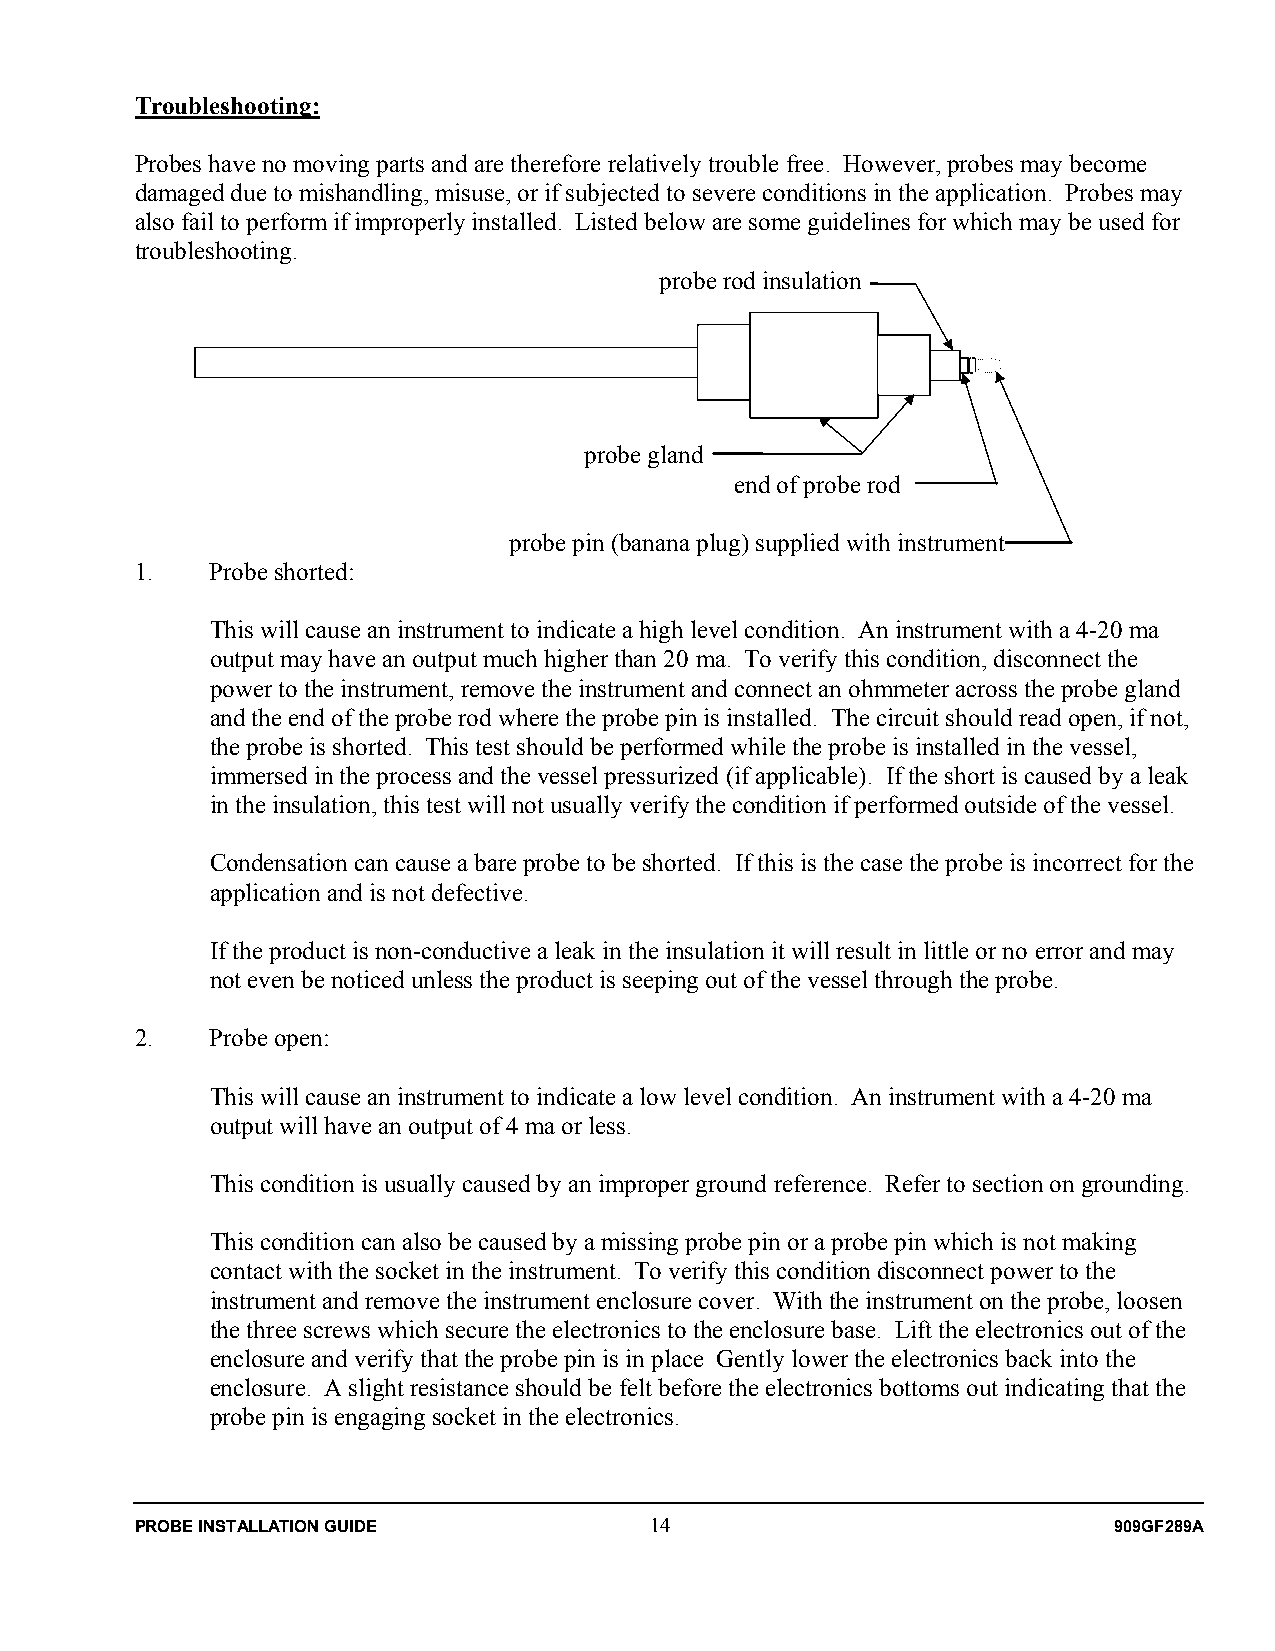
Troubleshooting:
 Probes have no moving parts and are therefore relatively trouble free. However, probes may become
 damaged due to mishandling, misuse, or if subjected to severe conditions in the application. Probes may
 also fail to perform if improperly installed. Listed below are some guidelines for which may be used for
 troubleshooting.
 probe rod insulation
 probe gland
 end of probe rod
 probe pin (banana plug) supplied with instrument
 1.   Probe shorted:
 This will cause an instrument to indicate a high level condition. An instrument with a 4-20 ma
 output may have an output much higher than 20 ma. To verify this condition, disconnect the
 power to the instrument, remove the instrument and connect an ohmmeter across the probe gland
 and the end of the probe rod where the probe pin is installed. The circuit should read open, if not,
 the probe is shorted. This test should be performed while the probe is installed in the vessel,
 immersed in the process and the vessel pressurized (if applicable). If the short is caused by a leak
 in the insulation, this test will not usually verify the condition if performed outside of the vessel.
 Condensation can cause a bare probe to be shorted. If this is the case the probe is incorrect for the
 application and is not defective.
 If the product is non-conductive a leak in the insulation it will result in little or no error and may
 not even be noticed unless the product is seeping out of the vessel through the probe.
 2.   Probe open:
 This will cause an instrument to indicate a low level condition. An instrument with a 4-20 ma
 output will have an output of 4 ma or less.
 This condition is usually caused by an improper ground reference. Refer to section on grounding.
 This condition can also be caused by a missing probe pin or a probe pin which is not making
 contact with the socket in the instrument. To verify this condition disconnect power to the
 instrument and remove the instrument enclosure cover. With the instrument on the probe, loosen
 the three screws which secure the electronics to the enclosure base. Lift the electronics out of the
 enclosure and verify that the probe pin is in place Gently lower the electronics back into the
 enclosure. A slight resistance should be felt before the electronics bottoms out indicating that the
 probe pin is engaging socket in the electronics.
 PROBE INSTALLATION GUIDE          14                             909GF289A